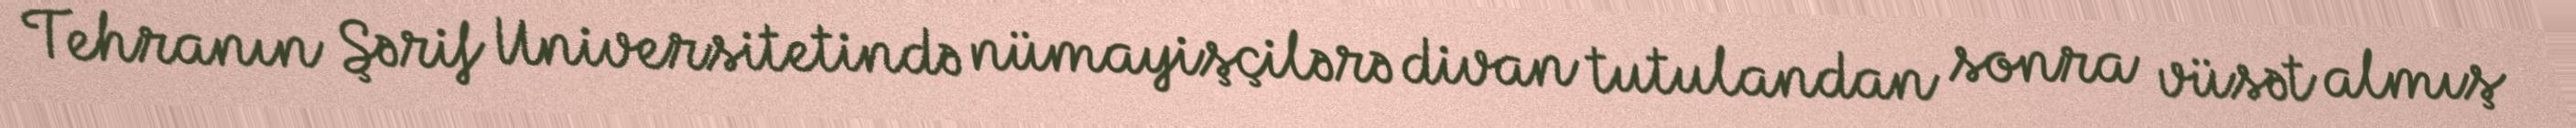
Tehranın Şərif Universitetində nümayişçilərə divan tutulandan sonra vüsət almış